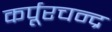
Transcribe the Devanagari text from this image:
कर्पूरचन्द्र